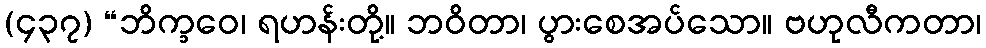
(၄၃၇) “ဘိက္ခဝေ၊ ရဟန်းတို့။ ဘဝိတာ၊ ပွားစေအပ်သော။ ဗဟုလီကတာ၊